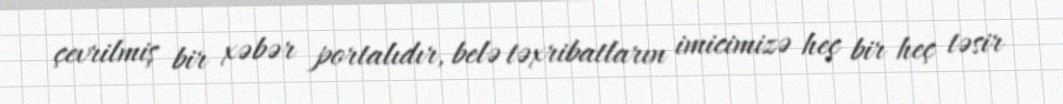
çevrilmiş bir xəbər portalıdır, belə təxribatların imicimizə heç bir heç təsir